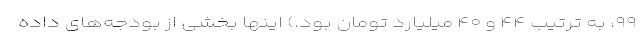
۹۹، به ترتیب ۴۴ و ۴۰ میلیارد تومان بود.) اینها بخشی از بودجه‌های داده